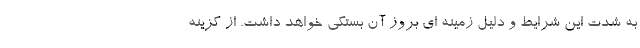
به شدت این شرایط و دلیل زمینه ای بروز آن بستگی خواهد داشت. از گزینه